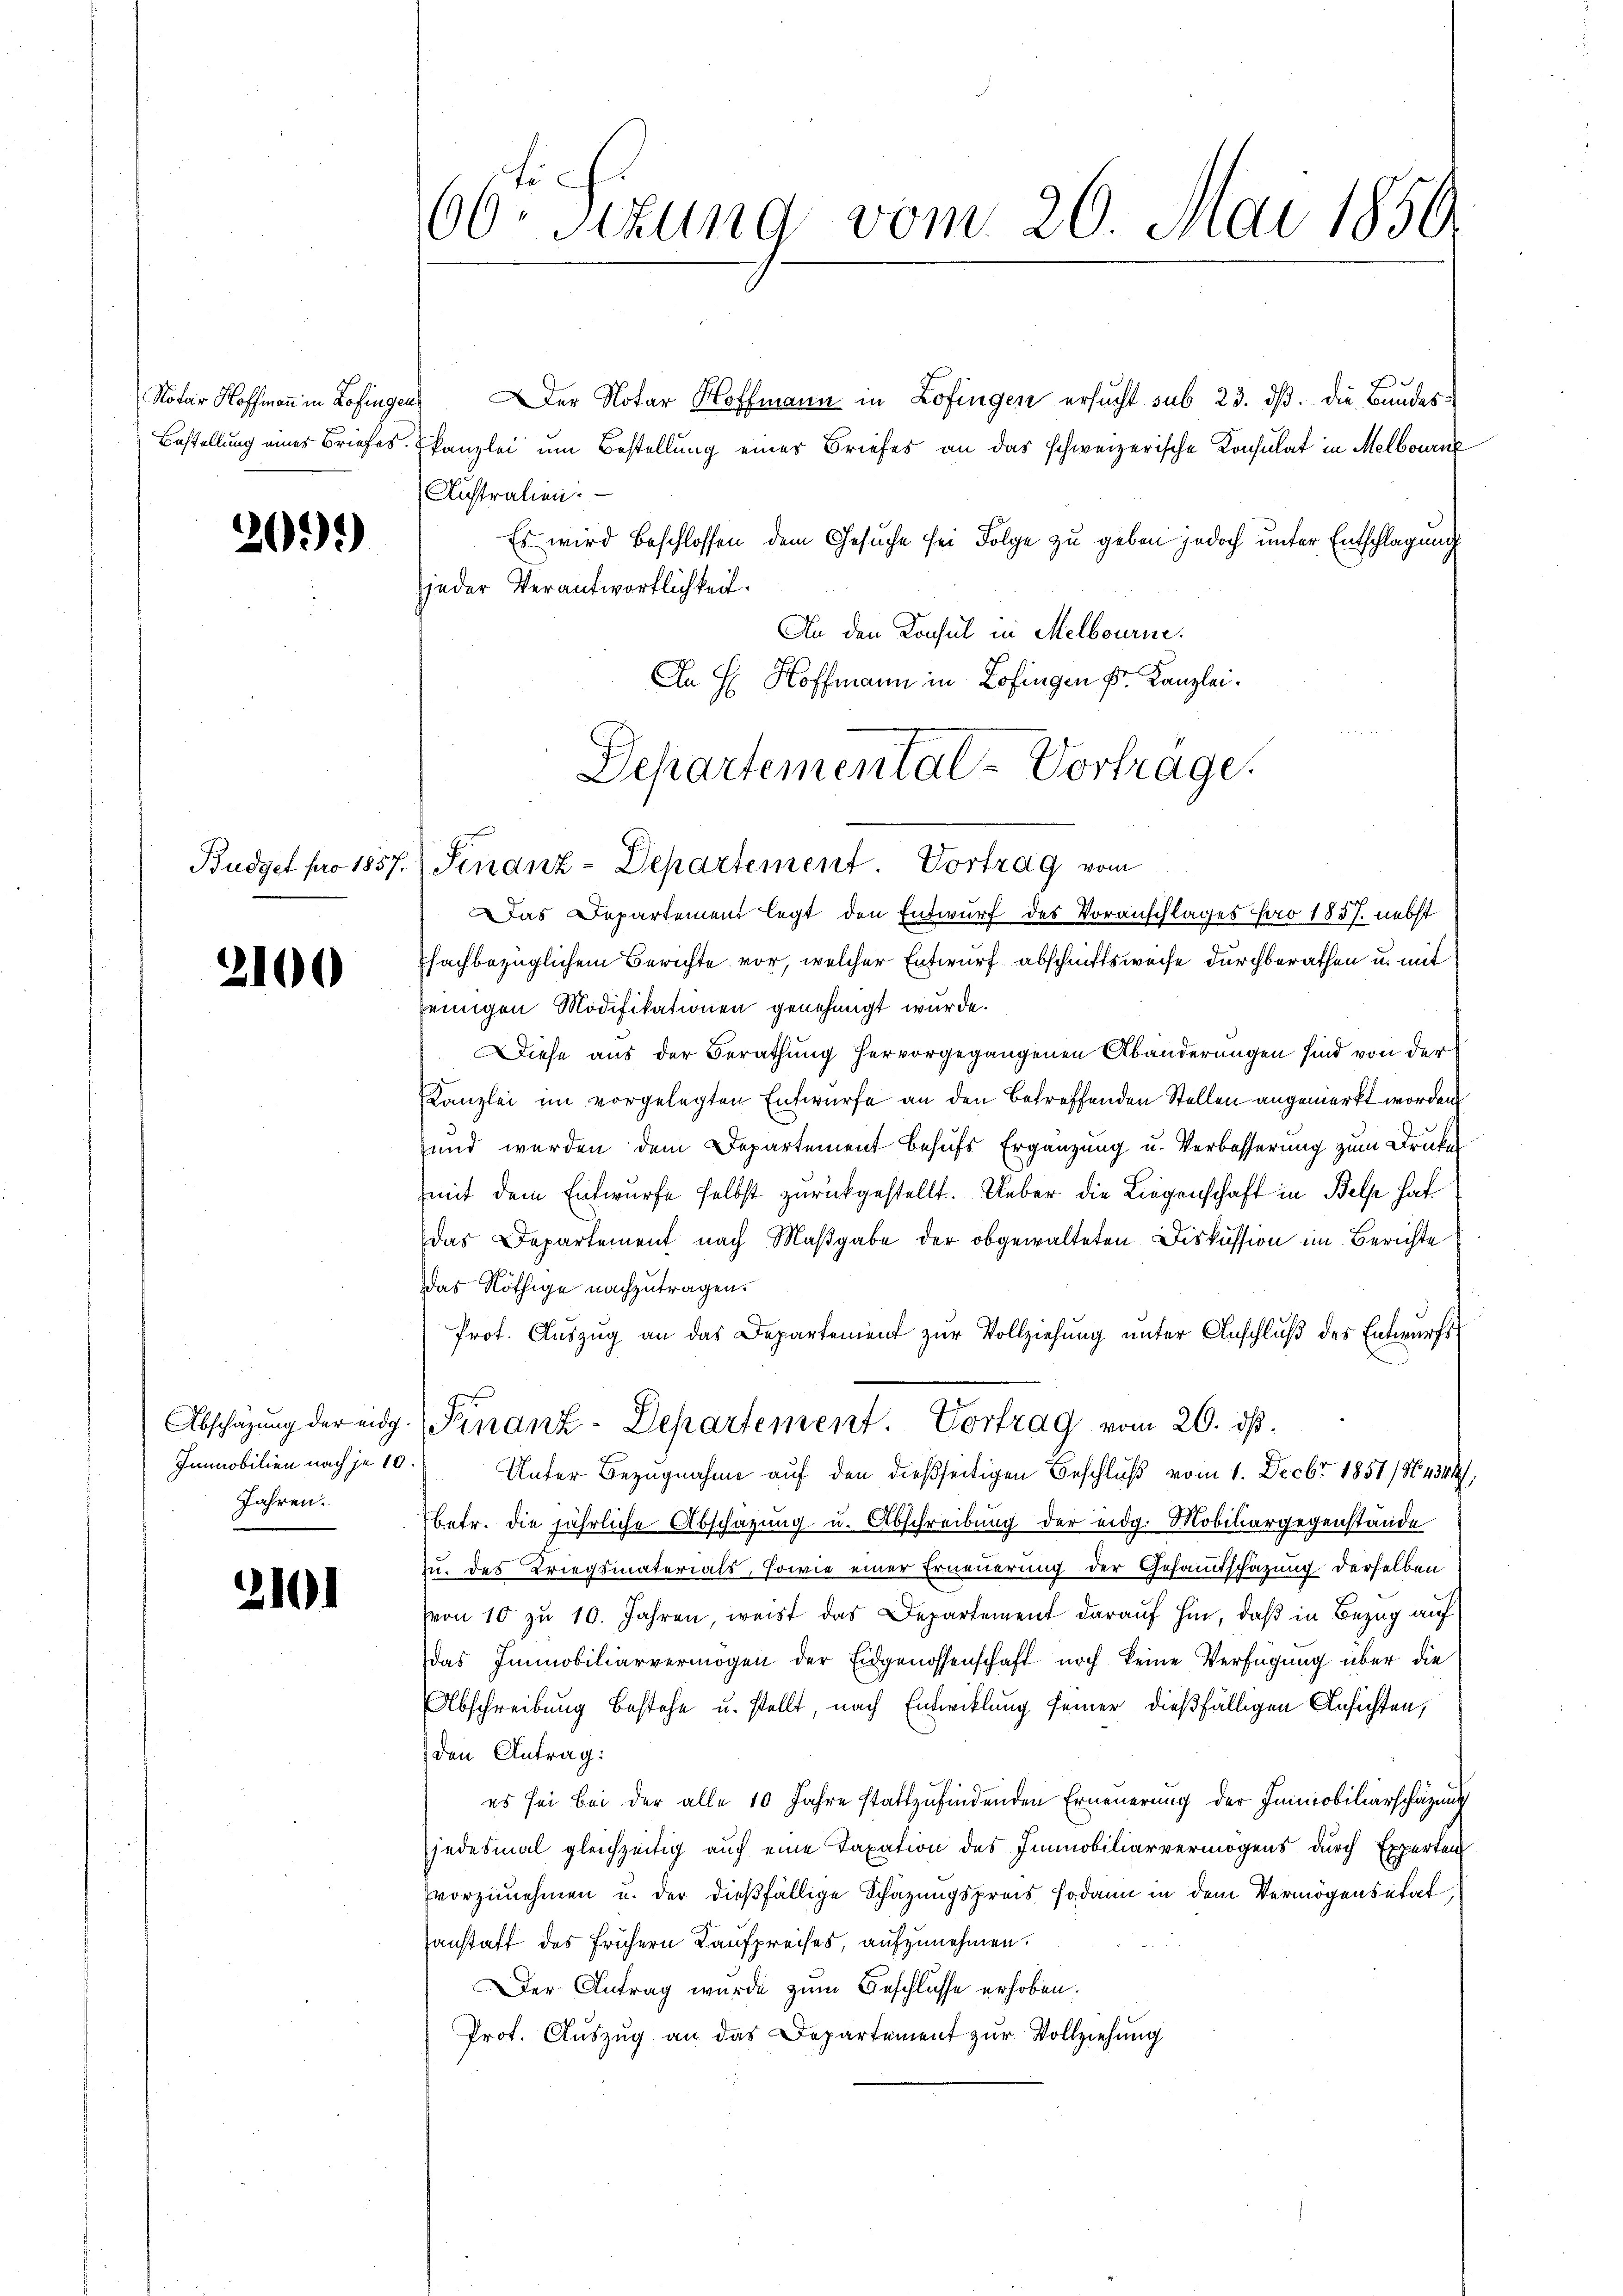
Notar Hoffmann in Zofingen

201)

2100

Abschazung der eidg.
Immobilien nach je 10
Jahren.

2101

60. Sizung vom 20. Mai 1850

Der Notar Hoffmann in Lofingen ersucht sub 23. dß. Die Bundes¬
Bestellung eines Briefes kanzlei um Bestellung einer Briefes an das schweizerische Konsulat in Melbourn
Unstralien.
Es wird Beschlossen dem Gesuche sei Folge zu geben jedoch unter Entschlagung
jeder Verantwortlichkeit.
An den Konsul in Melbourne.
An H. Hoffmann in Zofingen Dr. Kanzlei.

Departemental-Vorträge.
Budget pro 1857. Finanz-Departement. Vortrag vom

Finanz-Departement. Vortrag vom 20. ds.

Das Departement legt den Entwurf des Voranschlages pro 1837. nebst
fachbezüglichem Berichte vor, welcher Entwurf abschnittsweise durchberathen u. mit
einigen Modifikationen genehmigt wurde.
Diese aus der Berathung hervorgegangenen Abänderungen sind von der
Kanzlei im vorgelegten Entwurfe an den betreffenden Stellen angemerkt worden.
und werden dem Departement behufs Ergänzung u. Verbesserung zum Druke
mit dem Entwurfe selbst zurückgestellt. Ueber die Liegenschaft in Belp hat
Das Departement nach Maßgabe der obgewalteten Diskussion im Berichte
das Nöthige nachzutragen.
Prot. Aŭszŭg an das Departement zur Vollziehung unter Anschluß des Entwurfs
Unter Bezugnahme auf den dießseitigen Beschluß vom 1. Decbr 1851) Nur,
betr. die jährliche Abschazung u. Abschreibung der eidg. Mobiliargegenstände
u. des Kriegsmaterials, sowie einer Erneuerung der Gesamtschazung derselben
von 10 zu 10. Jahren, weist das Departement darauf hin, daß in Bezug auf
das Immobiliarvermögen der Eidgenossenschaft noch keine Verfügung über die
Abschreibung bestehe u. stellt, nach Entwicklung seiner dießfälligen Ansichten,
den Antrag:
es sei bei der alle 10 Jahre stattzufindenden Erneuerung der Immobiliarschätzung
jedesmal gleichzeitig auf eine Taxation des Immobiliarvermögens durch Experten
vorzunehmen u. der dießfällige Schätzungspreis sodann in dem Vermögensetat,
anstaff des frühern Kaufpreises, aufzunehmen.
Der Antrag wurde zum Beschlüsse erhoben.
Prot. Auszug an das Departement zur Vollziehung